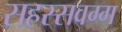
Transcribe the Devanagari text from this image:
सहस्सवग्ग